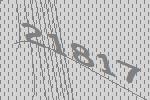
21817